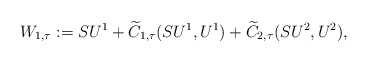
\begin{align*}W_{1,\tau} := S U^{1} + \widetilde{C}_{1,\tau}(SU^1, U^1) + \widetilde{C}_{2,\tau}(SU^2, U^2),\end{align*}